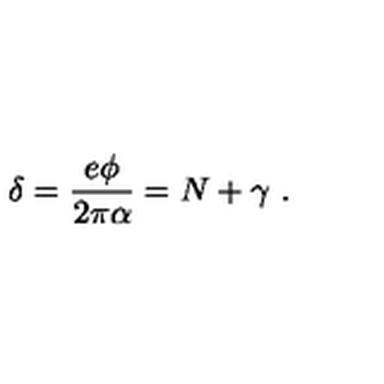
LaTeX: \delta = \frac { e \phi } { 2 \pi \alpha } = N + \gamma \ .